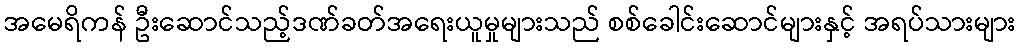
အမေရိကန် ဦးဆောင်သည့်ဒဏ်ခတ်အရေးယူမှုများသည် စစ်ခေါင်းဆောင်များနှင့် အရပ်သားများ